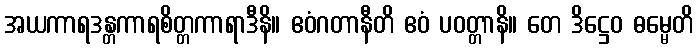
အယကာရဒန္တကာရစိတ္တကာရာဒီနိ။ ဧဝံဂတာနီတိ ဧဝံ ပဝတ္တာနိ။ တေ ဒိဋ္ဌေဝ ဓမ္မေတိ